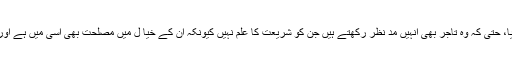
یہ وہ فوائد ہیں جن کو شارع نے نظر انداز نہیں کیا، حتیٰ کہ وہ تاجر بھی اُنہیں مد نظر رکھتے ہیں جن کو شریعت کا علم نہیں کیونکہ ان کے خیا ل میں مصلحت بھی اسی میں ہے اور خرابیوں کا سد ِ باب بھی اسی طرح ہو سکتا ہے۔